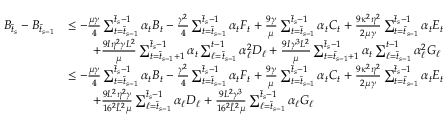
\begin{array} { r l } { B _ { \bar { t } _ { s } } - B _ { \bar { t } _ { s - 1 } } } & { \leq - \frac { \mu \gamma } { 4 } \sum _ { t = \bar { t } _ { s - 1 } } ^ { \bar { t } _ { s } - 1 } \alpha _ { t } B _ { t } - \frac { \gamma ^ { 2 } } { 4 } \sum _ { t = \bar { t } _ { s - 1 } } ^ { \bar { t } _ { s } - 1 } \alpha _ { t } F _ { t } + \frac { 9 \gamma } { \mu } \sum _ { t = \bar { t } _ { s - 1 } } ^ { \bar { t } _ { s } - 1 } \alpha _ { t } C _ { t } + \frac { 9 \kappa ^ { 2 } \eta ^ { 2 } } { 2 \mu \gamma } \sum _ { t = \bar { t } _ { s - 1 } } ^ { \bar { t } _ { s } - 1 } \alpha _ { t } E _ { t } } \\ & { \qquad + \frac { 9 I \eta ^ { 2 } \gamma L ^ { 2 } } { \mu } \sum _ { t = \bar { t } _ { s - 1 } + 1 } ^ { \bar { t } _ { s } - 1 } \alpha _ { t } \sum _ { \ell = \bar { t } _ { s - 1 } } ^ { t - 1 } \alpha _ { \ell } ^ { 2 } D _ { \ell } + \frac { 9 I \gamma ^ { 3 } L ^ { 2 } } { \mu } \sum _ { t = \bar { t } _ { s - 1 } + 1 } ^ { \bar { t } _ { s } - 1 } \alpha _ { t } \sum _ { \ell = \bar { t } _ { s - 1 } } ^ { t - 1 } \alpha _ { \ell } ^ { 2 } G _ { \ell } } \\ & { \leq - \frac { \mu \gamma } { 4 } \sum _ { t = \bar { t } _ { s - 1 } } ^ { \bar { t } _ { s } - 1 } \alpha _ { t } B _ { t } - \frac { \gamma ^ { 2 } } { 4 } \sum _ { t = \bar { t } _ { s - 1 } } ^ { \bar { t } _ { s } - 1 } \alpha _ { t } F _ { t } + \frac { 9 \gamma } { \mu } \sum _ { t = \bar { t } _ { s - 1 } } ^ { \bar { t } _ { s } - 1 } \alpha _ { t } C _ { t } + \frac { 9 \kappa ^ { 2 } \eta ^ { 2 } } { 2 \mu \gamma } \sum _ { t = \bar { t } _ { s - 1 } } ^ { \bar { t } _ { s } - 1 } \alpha _ { t } E _ { t } } \\ & { \qquad + \frac { 9 L ^ { 2 } \eta ^ { 2 } \gamma } { 1 6 ^ { 2 } \hat { L } ^ { 2 } \mu } \sum _ { \ell = \bar { t } _ { s - 1 } } ^ { \bar { t } _ { s } - 1 } \alpha _ { \ell } D _ { \ell } + \frac { 9 L ^ { 2 } \gamma ^ { 3 } } { 1 6 ^ { 2 } \hat { L } ^ { 2 } \mu } \sum _ { \ell = \bar { t } _ { s - 1 } } ^ { \bar { t } _ { s } - 1 } \alpha _ { \ell } G _ { \ell } } \end{array}